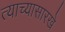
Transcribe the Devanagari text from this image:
त्याच्यासारखे